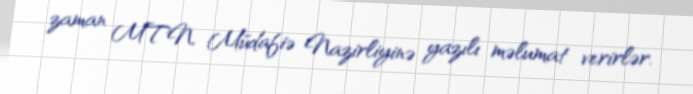
zaman MTN, Müdafiə Nazirliyinə yazılı məlumat verirlər.